Annual administration report of the Civil Veterinary Department of India - 1899-1900
Year: 1899
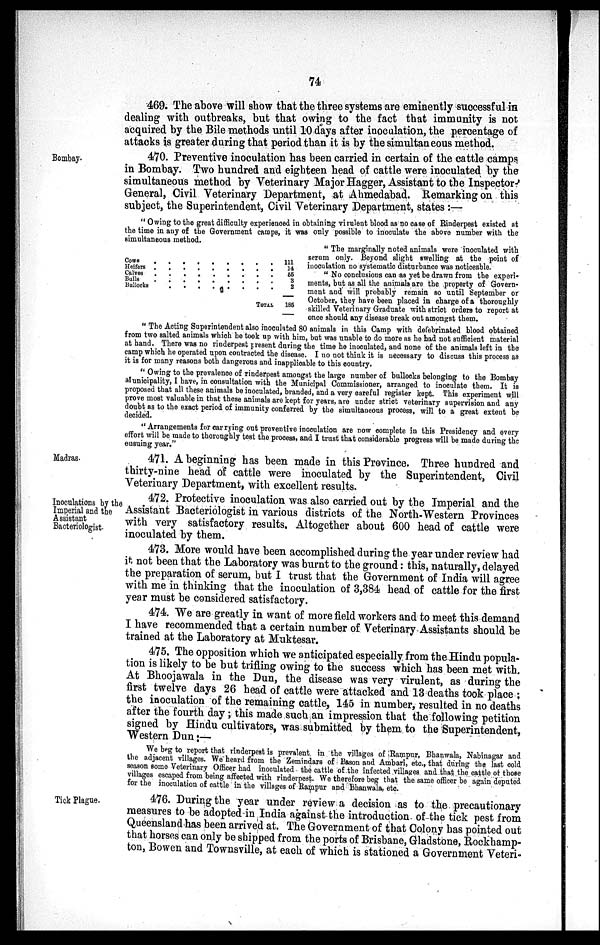
74
469. The above will show that the three systems are eminently successful in
dealing with outbreaks, but that owing to the fact that immunity is not
acquired by the Bile methods until 10 days after inoculation, the percentage of
attacks is greater during that period than it is by the simultaneous method.
Bombay.
470. Preventive inoculation has been carried in certain of the cattle camps
in Bombay. Two hundred and eighteen head of cattle were inoculated by the
simultaneous method by Veterinary Major Hagger, Assistant to the Inspector-
General, Civil Veterinary Department, at Ahmedabad. Remarking on this
subject, the Superintendent, Civil Veterinary Department, states :—
"Owing to the great difficulty experienced in obtaining virulent blood as no case of Rinderpest existed at
the time in any of the Government camps, it was only possible to inoculate the above number with the
simultaneous method.
Cows . . . . . . .
Heifers . . . . . .
Calves . . . . . . .
Bulls . . . . . . .
Bullocks . . . . .
TOTALl
111
14
55
3
2
185
"The marginally noted animals were inoculated with
serum only. Beyond slight swelling at the point of
inoculation no systematic disturbance was noticeable.
" No conclusions can as yet be drawn from the experi-
ments, but as all the animals are the property of Govern-
ment and will probably remain so until September or
October, they have been placed in charge of a thoroughly
skilled Veterinary Graduate with strict orders to report at
once should any disease break out amongst them.
"The Acting Superintendent also inoculated 80 animals in this Camp with defebrinated blood obtained
from two salted animals which he took up with him, but was unable to do more as he had not sufficient material
at hand. There was no rinderpest present during the time he inoculated, and none of the animals left in the
camp which he operated upon contracted the disease. I no not think it is necessary to discuss this process as
it is for many reasons both dangerous and inapplicable to this country.
"Owing to the prevalence of rinderpest amongst the large number of bullocks belonging to the Bombay
Municipality, I have, in consultation with the Municipal Commissioner, arranged to inoculate them. It is
proposed that all these animals be inoculated, branded, and a very careful register kept. This experiment will
prove most valuable in that these animals are kept for years, are under strict veterinary supervision and any
doubt as to the exact period of immunity conferred by the simultaneous process, will to a great extent be
decided.
"Arrangements for carrying out preventive inoculation are now complete in this Presidency and every
effort will be made to thoroughly test the process, and I trust that considerable progress will be made during the
ensuing year."
Madras.
471. A beginning has been made in this Province. Three hundred and
thirty-nine head of cattle were inoculated by the Superintendent, Civil
Veterinary Department, with excellent results.
Inoculations by the
Imperial and the
Assistant
Bacteriologist.
472. Protective inoculation was also carried out by the Imperial and the
Assistant Bacteriologist in various districts of the North-Western Provinces
with very satisfactory results. Altogether about 600 head of cattle were
inoculated by them.
473. More would have been accomplished during the year under review had
it not been that the Laboratory was burnt to the ground: this, naturally, delayed
the preparation of serum, but I trust that the Government of India will agree
with me in thinking that the inoculation of 3,384 head of cattle for the first
year must be considered satisfactory.
474. We are greatly in want of more field workers and to meet this demand
I have recommended that a certain number of Veterinary Assistants should be
trained at the Laboratory at Muktesar.
475. The opposition which we anticipated especially from the Hindu popula-
tion is likely to be but trifling owing to the success which has been met with.
At Bhoojawala in the Dun, the disease was very virulent, as during the
first twelve days 26 head of cattle were attacked and 13 deaths took place;
the inoculation of the remaining cattle, 145 in number, resulted in no deaths
after the fourth day; this made such an impression that the following petition
signed by Hindu cultivators, was submitted by them to the Superintendent,
Western Dun :—
We beg to report that rinderpest is prevalent in the villages of Rampur, Bhanwala, Nabinagar and
the adjacent villages. We heard from the Zemindars of Bason and Ambari, etc., that during the last cold
season some Veterinary Officer had inoculated the cattle of the infected villages and that the cattle of those
villages escaped from being affected with rinderpest. We therefore beg that the same officer be again deputed
for the inoculation of cattle in the villages of Rampur and Bhanwala, etc.
Tick Plague.
476. During the year under review a decision as to the precautionary
measures to be adopted in India against the introduction of the tick pest from
Queensland has been arrived at. The Government of that Colony has pointed out
that horses can only be shipped from the ports of Brisbane, Gladstone, Rockhamp-
ton, Bowen and Townsville, at each of which is stationed a Government Veteri-